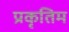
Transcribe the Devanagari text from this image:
प्रकृतिम